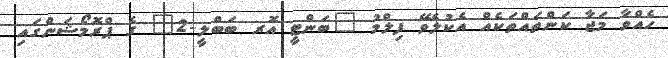
ހެއްވާ މަޖާ ކަންތައްތަކެއް އެކުލެވޭ ފިލްމު "ބަންޓީ އޮރ ބަބްލީ-2" ގެ ޕްރޮމޯޝަންގައި